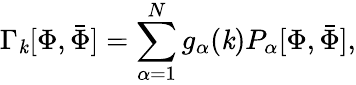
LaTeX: \Gamma_{\mathit{k}}[\Phi,{\bar{{\Phi}}}]=\sum_{\alpha=1}^{N}g_{\alpha}(\mathit{k})P_{\alpha}[\Phi,{\bar{{\Phi}}}],